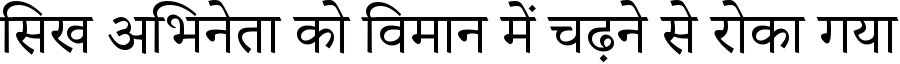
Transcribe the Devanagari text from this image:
सिख अभिनेता को विमान में चढ़ने से रोका गया